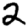
Digit: 2